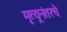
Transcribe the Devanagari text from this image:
मृत्यूनंतरचे